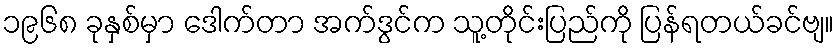
၁၉၆၈ ခုနှစ်မှာ ဒေါက်တာ အက်ဒွင်က သူ့တိုင်းပြည်ကို ပြန်ရတယ်ခင်ဗျ။